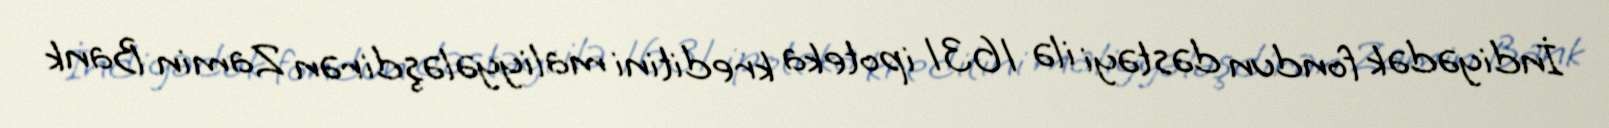
İndiyədək fondun dəstəyi ilə 1631 ipoteka kreditini maliyyələşdirən Zamin Bank